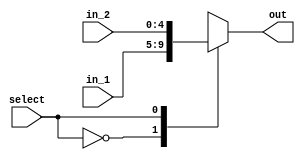
module mux_5(
  output [4:0] out,
  input [4:0] in_1,
  input [4:0] in_2,
  input select
);
  reg [4:0] out_select;
  assign out = out_select;
  always@(*) begin
	casex(select)
		1'b0: out_select = in_1;
		1'b1: out_select = in_2;
		1'bx: out_select = 5'bx;
	endcase
  end

endmodule